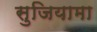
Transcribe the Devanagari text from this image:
सुजियामा